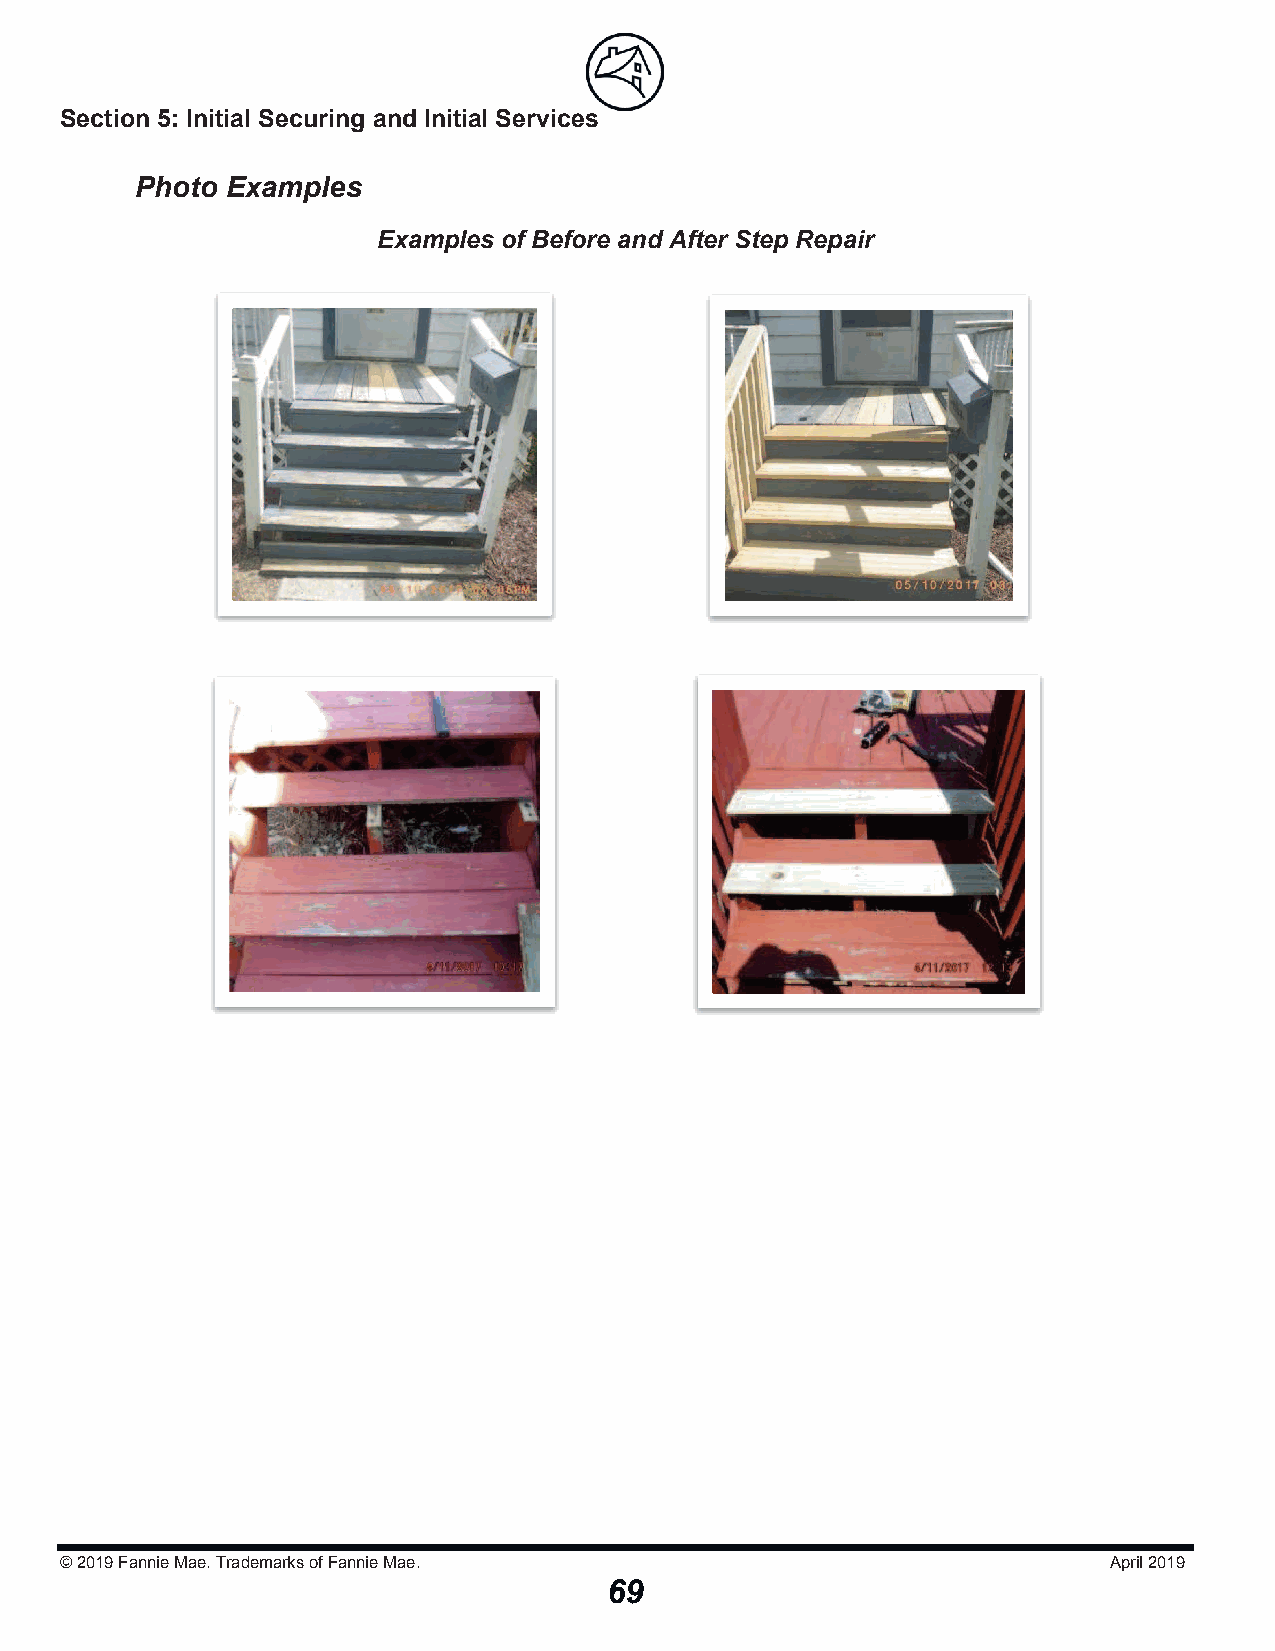
Section 5: Initial Securing and Initial Serviicceess
 Photo Examples
 Examples of Before and After Step Repair
 © 2019Fannie Mae. Trademarks of Fannie Mae.                          April 2019
 69